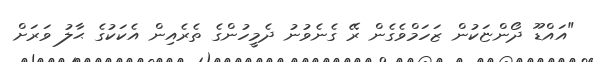
"އައްޑޫ ދޯންޏަކުން ޒަހަމްވެގެން ރޭ ގެނެވުނު ދެމީހުންގެ ތެރެއިން އެކަކުގެ ޙާލު ވަރަށް